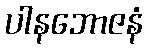
ပါနဘောဇနံ